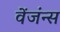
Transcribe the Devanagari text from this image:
वेंजंन्स